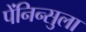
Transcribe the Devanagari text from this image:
पेंनिन्सुला